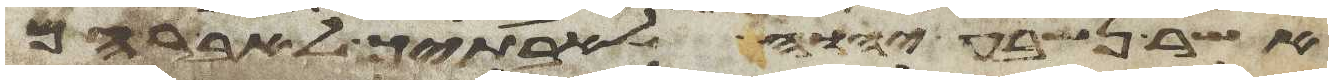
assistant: אשר נשבע יהוה לאבתיך לאברהם